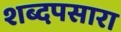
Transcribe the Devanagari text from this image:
शब्दपसारा